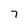
Character: 7